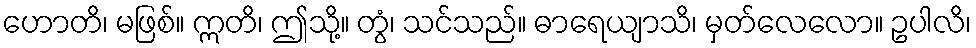
ဟောတိ၊ မဖြစ်။ ဣတိ၊ ဤသို့။ တွံ၊ သင်သည်။ ဓာရေယျာသိ၊ မှတ်လေလော။ ဥပါလိ၊